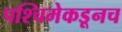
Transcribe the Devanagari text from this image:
पश्चिमेकडूनच